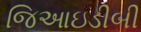
જિઆઇડીબી